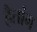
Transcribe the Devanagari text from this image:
हैतांग